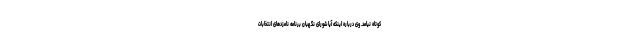
کوتاه نیامد. وی درباره اینکه آیا شورای نگهبان برنامه نامزدهای انتخابات